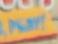
play